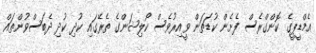
އެމްޑީޕީގެ ކޮންގްރެސް ފެށެން ކުޑަތަން ވީއިރުވެސް ކޯލިޝަންގެ ތެރޭގައި ކުދި ކުދި ދެބަސްވުންތައް